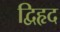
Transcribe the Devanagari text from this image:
द्विहृद